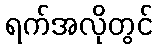
ရက်အလိုတွင်